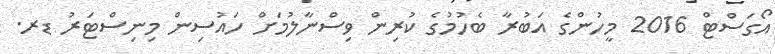
އޯގަސްޓް 2016 މީހުންގެ އަބުރާ ބެހުމުގެ ކުރިން ވިސްނާލުމަށް ހައުސިން މިނިސްޓަރު ޑރ.